King Institute of Preventive Medicine Micro-Biological Section reports 1912-19
Year: 1912
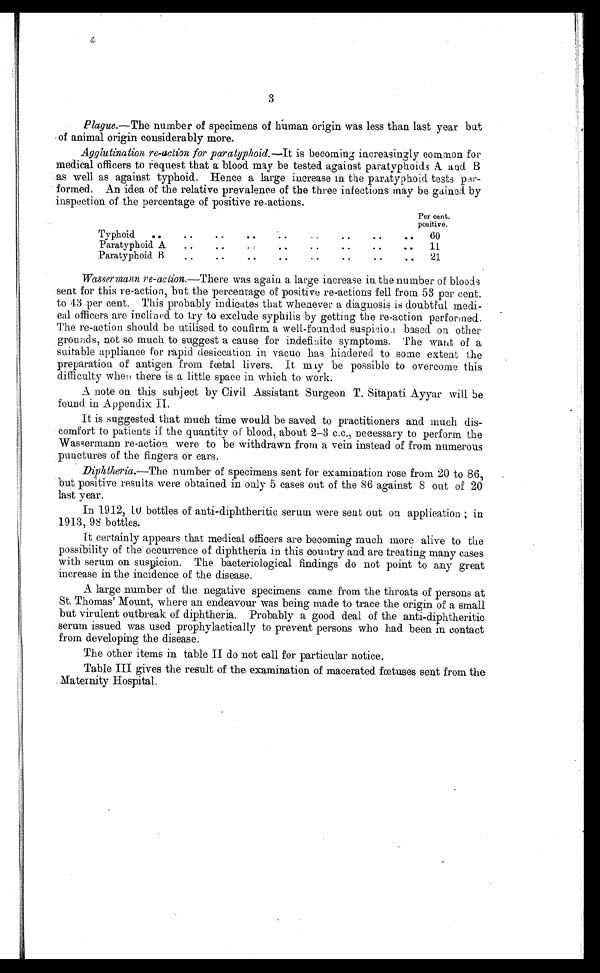
3
Plague .—The number of specimens of human origin was less than last year but
of animal origin considerably more.
Agglutination re-action for paratyphoid. —It is becoming increasingly common for
medical officers to request that a blood may be tested. against paratyphoids A and B
as well as against typhoid. Hence a large increase in the paratyphoid tests per-
formed. An idea of the relative prevalence of the three infections may be gained. by
inspection of the percentage of positive re-actions.
Per cent.
positive.
Typhoid
..
..
• •
• •
.. •
60
Paratyphoid A
..
..
• •
..
11
Paratyphoid B
21
Wassermann re-action .—There was again a large increase in the number of bloods
sent for this re-action, but the percentage of positive re-actions fell from 53 per cent
to 43 per cent. This probably indicates that whenever a diagnosis is doubtful medi-
cal officers are inclined to try to exclude syphilis by getting the re-action performed.
The re-action should be utilised. to confirm a well-founded suspicion based on other
grounds, not so much to suggest a cause for indefinite symptoms. The want of a
suitable appliance for rapid desiccation in vacuo has hindered to some extent the
preparation of antigen from fœtal livers. It may be possible to overcome this
difficulty when there is a little space in which to work.
A note on this subject by Civil Assistant Surgeon T. Sitapati Ayyar will be
found in Appendix II.
It is suggested that much time would be saved to practitioners and much dis-
comfort to patients if the quantity of blood, about 2-3 c.c., necessary to perform the
Wassermann re-action were to be withdrawn from a vein instead of from numerous
punctures of the fingers or ears.
Diphtheria.—The number of specimens sent for examination rose from 20 to 86,
but positive results were obtained in only 5 cases out of the 8 6 against 8 out of 20
last year.
In 1912, .10 bottles of anti-diphtheritic serum were sent out on application; in
1913, 98 bottles.
It certainly appears that medical officers are becoming much more alive to the
possibility of the occurrence of diphtheria in this country and are treating many cases
with serum on suspicion. The bacteriological findings do not point to any great
increase in the incidence of the disease.
A large number of the negative specimens came from the throats of persons at
St. Thomas' Mount, where an endeavour was being made to trace the origin of a small
but virulent outbreak of diphtheria. Probably a good deal of the anti-diphtheritic
serum issued was used prophylactically to prevent persons who had been in contact
from developing the disease.
The other items in table II do not call for particular notice.
Table III gives the result of the examination of macerated. fœtuses sent from the
Maternity Hospital.